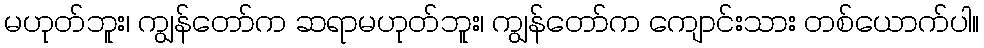
မဟုတ်ဘူး၊ ကျွန်တော်က ဆရာမဟုတ်ဘူး၊ ကျွန်တော်က ကျောင်းသား တစ်ယောက်ပါ။